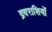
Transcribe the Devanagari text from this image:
द्रवराशियों